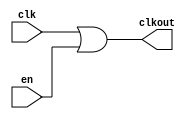
// SPDX-License-Identifier: Apache-2.0
// Copyright (C) 2019 Intel Corporation. 
module hdpldadapt_cmn_clkor2
(
        output  wire    clkout,
        input   wire    clk,
        input   wire    en
);

	assign clkout = clk | en;

endmodule // hdpldadapt_cmn_clkor2